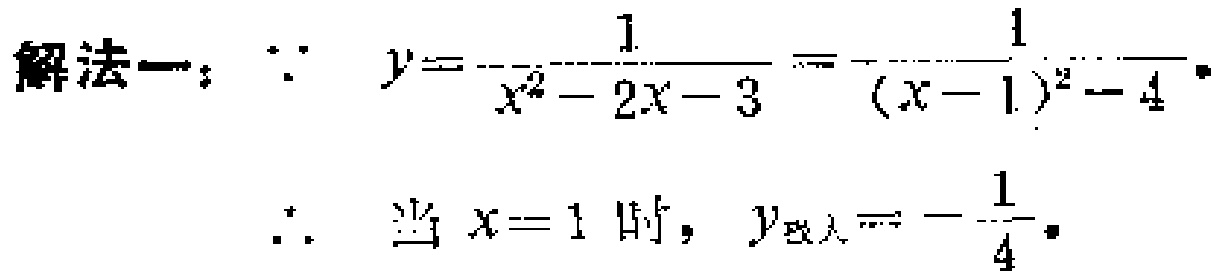
解法一：\(\because y = \frac{1}{x^{2}-2x - 3}=\frac{1}{(x - 1)^{2}-4}\)
\(\therefore\) 当 \(x = 1\) 时，\(y_{最大}=-\frac{1}{4}\)